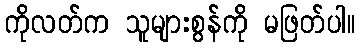
ကိုလတ်က သူများစွန်ကို မဖြတ်ပါ။